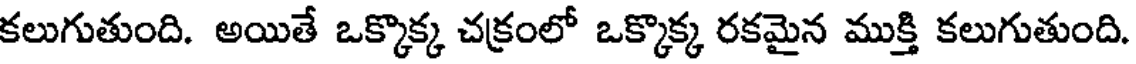
కలుగుతుంది. అయితే ఒక్కొక్క చక్రంలో ఒక్కొక్క రకమైన ముక్తి కలుగుతుంది.